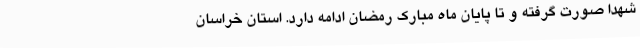
شهدا صورت گرفته و تا پایان ماه مبارک رمضان ادامه دارد. استان خراسان